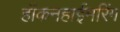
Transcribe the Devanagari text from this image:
हॉकनहाईमरिंग